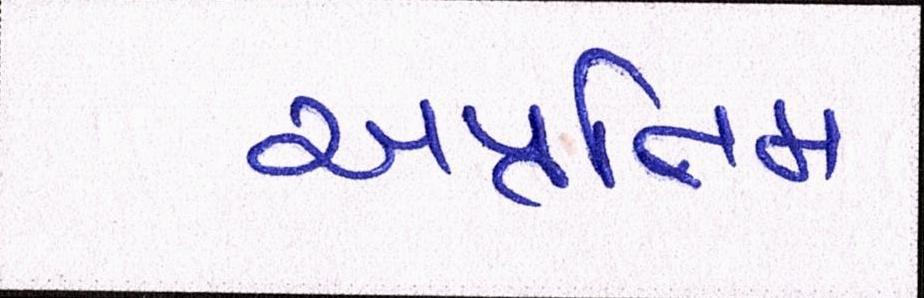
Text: અપ્રતિમ